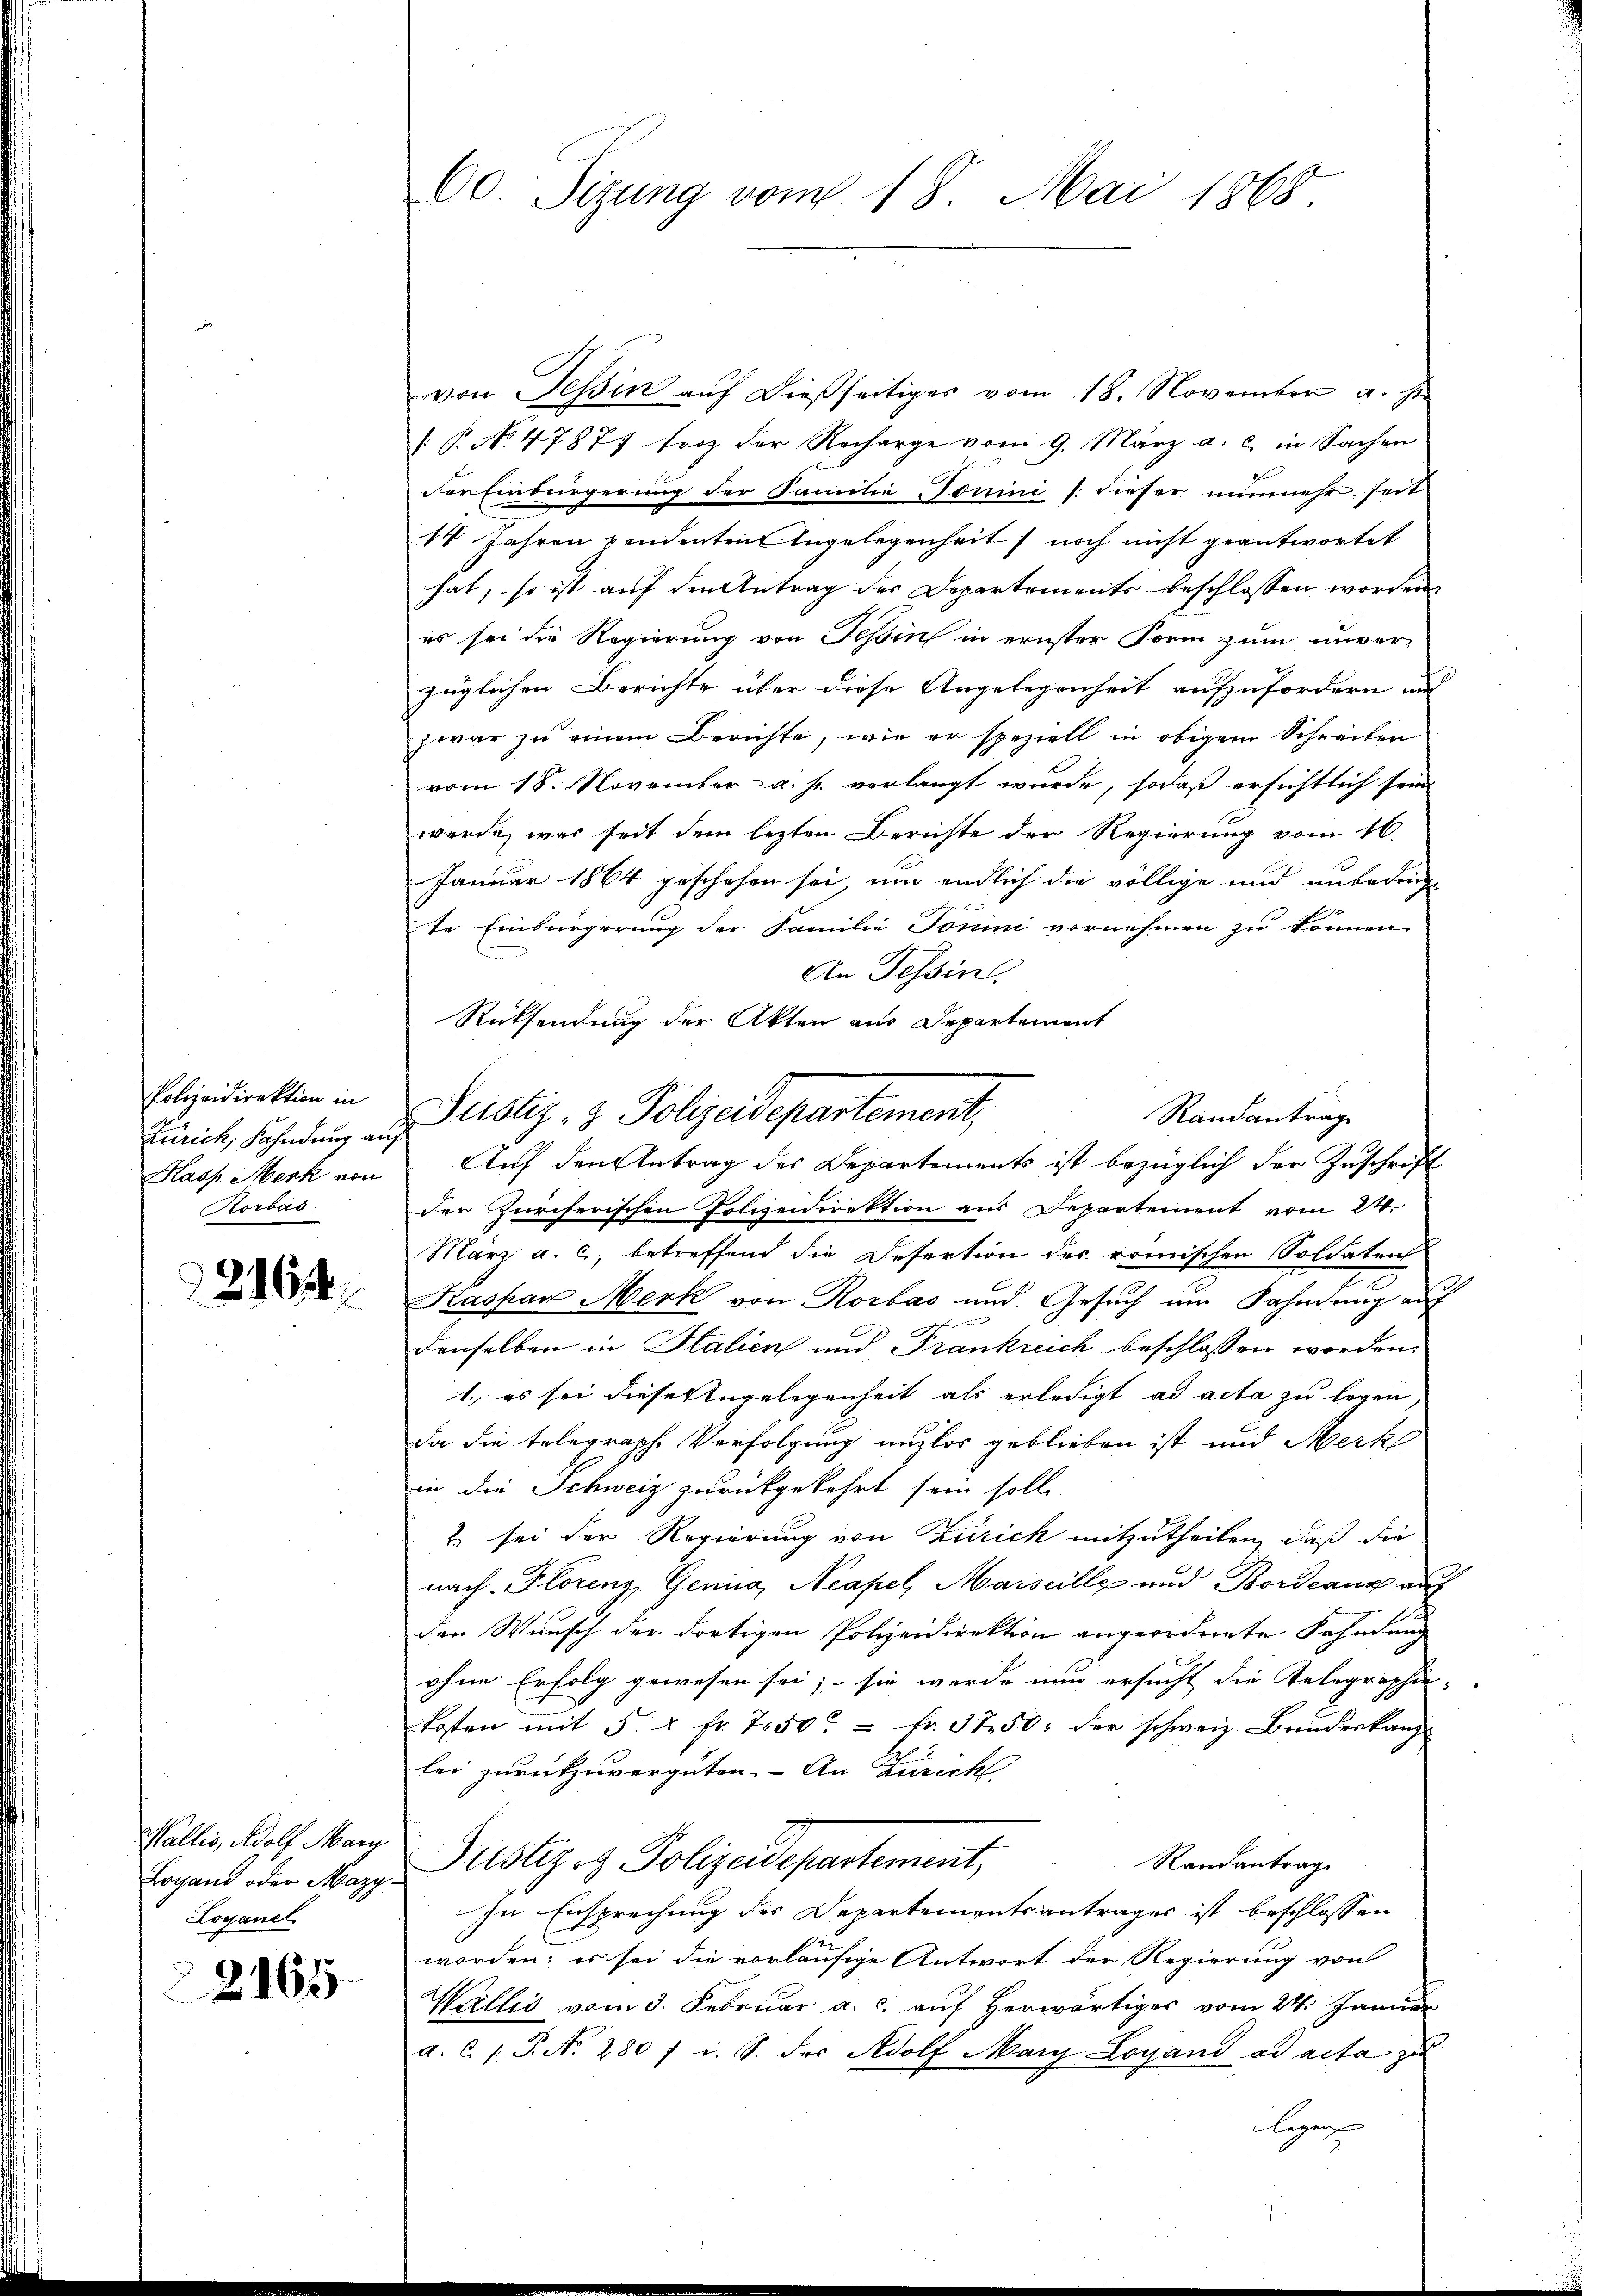
Polizeidirektion in
Zürich, Fahndung auf
Kasp. Merk von
Korbas.

21634

Wallis, Adolf Mar
Logand oder Mazy.
Loyanel

2165

60. Sizung vom 18. Mai 1868

von Tessin auf dießseitiges vom 18. November a. Js.
 P. No. 47877 froh der Recharge vom 9. März a. c. in Sachen
der Einbürgerung der Familie Tomini /: dieser nunmehr seit
18 Jahren pendenten Angelegenheit noch nicht geantwortet
hat, so ist auf den Antrag des Departements beschlossen worden,
es sei die Regierung von Teßin in ernster Form zum unver-
züglichen Berichte über diese Angelegenheit aufzufordern und
zwar zu einem Berichte, wie er speziell in obigem Schreiben
vom 18. November a. p. verlangt wurde, sodaß ersichtlich sein
werde, was seit dem lezten Berichte der Regierung vom 16.
Januar 1864 geschehen sei, um endlich die völlige und unbeding
te Einbürgerung der Familie Tomini vornehmen zu können.
An Tessin.
Rücksendung der Akten aus Departement
der Zürcherischen Polizeidirektion aus Departement vom 24.
März a. c., betreffend die Desertion des römischen Soldaten
Kaspar Merk von Rorbas und Gesuch um Fahndung auf
denselben in Italien und Frankreich beschlossen worden.
1.) es sei diese Angelegenheit als erledigt ad acta zu legen,
da die telegraphe Verfolgung unzlos geblieben ist und Merk
in die Schweiz zurückgekehrt sein solle.
& sei der Regierung von Zürich mitzutheilen, daß die
nach Florenz, Genica, Neapel, Marseille und Bordeaux auf
den Wunsch der dortigen Polizeidirektion angeordnete Fahnung
ohne Erfolg gewesen sei; – sie werde nun ersucht die Telegraphie-
kosten mit 5. 2 Fr. 750 = Fr. 3750. der schweiz. Bundeskanz
lei zurückzuvergüten. - An Züricht
Randantrag
Justiz- & Polizeidepartement,
In Ersprechung des Departementsantrages ist beschlossen
worden; es sei die vorläufige Antwort der Regierung von
Wallis vom 3. Februar a. c. auf herwärtiger vom 24. Januar
a. c. 1 S. N. 280 / i. S. der Adolf Mary Loyand ad acta zu
Regens

Justiz- & Polizeidepartement,
Randantrage
Auf den Antrag des Departements ist bezüglich der Zuschrift